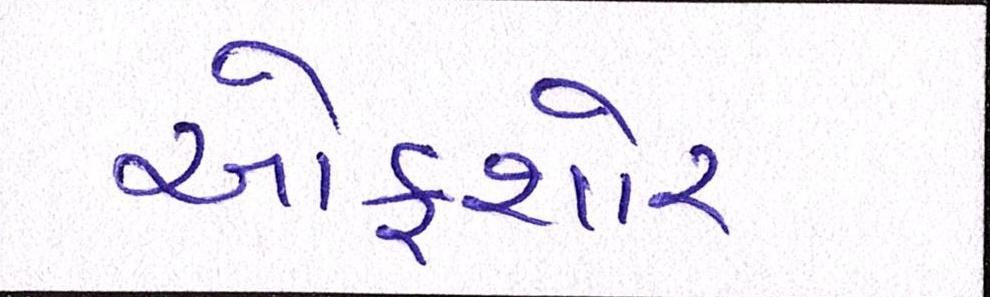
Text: ઓફશોર